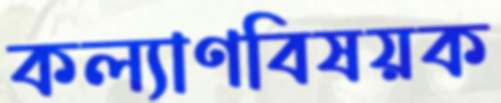
কল্যাণবিষয়ক